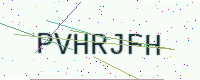
Text: PVHRJFH